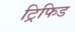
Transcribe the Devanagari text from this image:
ट्रिफिड